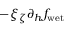
- \xi _ { \zeta } \partial _ { h } f _ { \mathrm { w e t } }